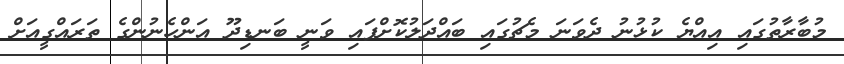
މުބާރާތުގައި އިއްޔެ ކުޅުނު ދެވަނަ މެޗުގައި ބައްދަލުކޮށްފައި ވަނީ ބަނޑިދޫ އަންހެނުންގެ ތަރައްގީއަށް